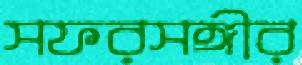
সফরসঙ্গীর